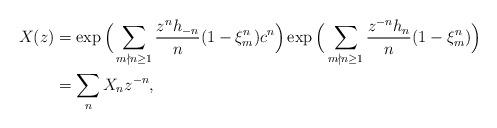
LaTeX: \begin{align*} X(z)&=\exp\Big(\sum_{m\nmid n\geq1}\frac{z^{n}h_{-n}}{n}(1-\xi_m^n)c^n\Big)\exp\Big(\sum_{m\nmid n\geq1}\frac{z^{-n}h_n}{n}(1-\xi_m^n)\Big)\\ &=\sum_n X_{n} z^{-n},\end{align*}